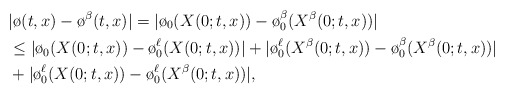
\begin{align*}&|\o (t,x) - \o^\beta (t,x) | = | \o_0 (X(0; t, x) ) - \o_0 ^\beta (X^\beta (0; t, x)) | \\&\le |\o_0 (X(0; t, x)) - \o_0 ^\ell (X(0; t, x))| + |\o_0 ^\ell (X^\beta (0; t, x)) - \o_0 ^\beta (X^\beta (0; t, x))| \\& + |\o_0 ^\ell (X(0; t, x)) - \o_0 ^\ell (X^\beta (0; t, x))|,\end{align*}